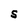
Character: S